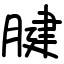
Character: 腱